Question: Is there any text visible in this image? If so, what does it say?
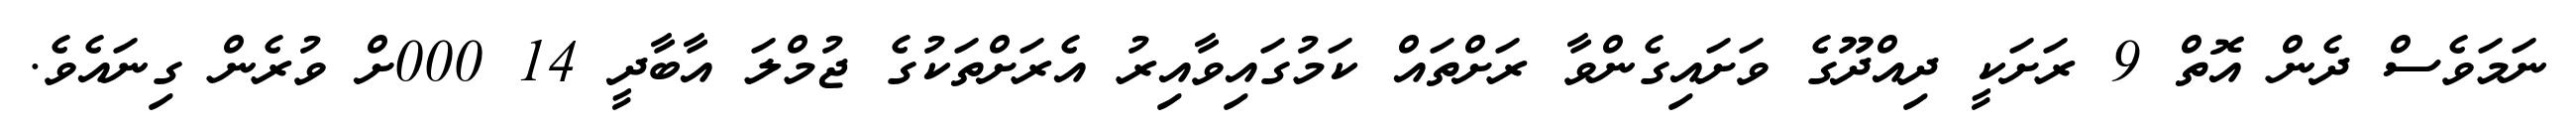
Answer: ނަމަވެސް ދެން އޮތް 9 ރަށަކީ ދިއްދޫގެ ވަށައިގެންވާ ރަށްތައް ކަމުގައިވާއިރު އެރަށްތަކުގެ ޖުމްލަ އާބާދީ 14 000ށް ވުރެން ގިނައެވެ.